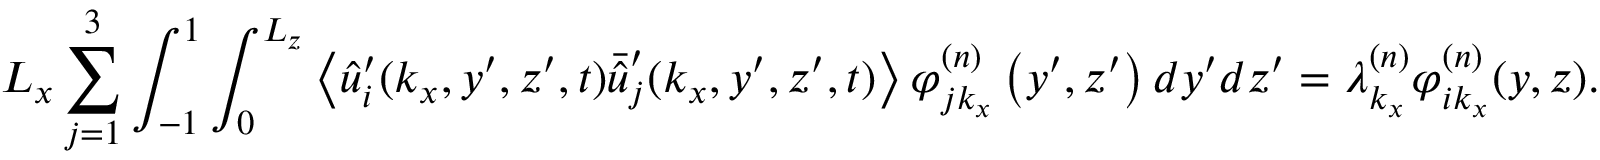
L _ { x } \sum _ { j = 1 } ^ { 3 } \int _ { - 1 } ^ { 1 } \int _ { 0 } ^ { L _ { z } } \left\langle \hat { u } _ { i } ^ { \prime } ( k _ { x } , y ^ { \prime } , z ^ { \prime } , t ) \bar { \hat { u } } _ { j } ^ { \prime } ( k _ { x } , y ^ { \prime } , z ^ { \prime } , t ) \right\rangle \varphi _ { j k _ { x } } ^ { ( n ) } \left( y ^ { \prime } , z ^ { \prime } \right) d y ^ { \prime } d z ^ { \prime } = \lambda _ { k _ { x } } ^ { ( n ) } \varphi _ { i k _ { x } } ^ { ( n ) } ( y , z ) .